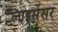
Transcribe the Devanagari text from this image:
लाइसेंसर